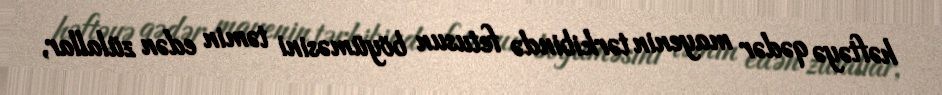
həftəyə qədər mayenin tərkibində fetusun böyüməsini təmin edən zülallar,